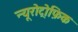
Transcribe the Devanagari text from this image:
न्यूरोट्रोफ़िक